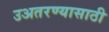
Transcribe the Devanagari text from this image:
उअतरण्यासाठी